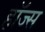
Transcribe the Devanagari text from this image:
हाॅज्स